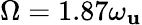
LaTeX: \Omega=1.87\omega_{\mathbf{u}}